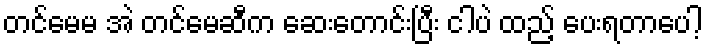
တင်မေမ အဲ တင်မေဆီက ဆေးတောင်းပြီး ငါပဲ ထည့် ပေးရတာပေါ့